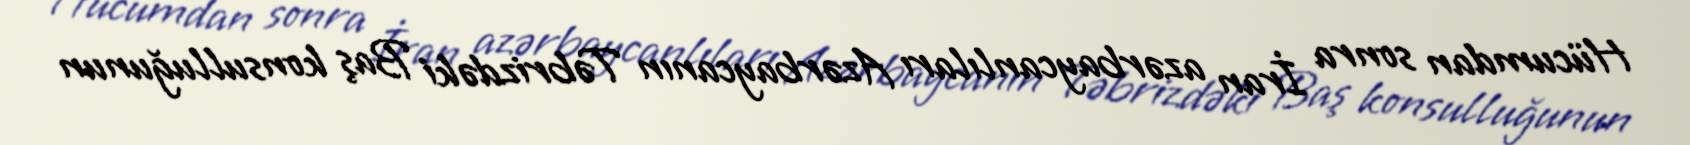
Hücumdan sonra İran azərbaycanlıları Azərbaycanın Təbrizdəki Baş konsulluğunun